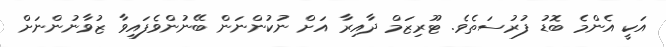
އަކީ އެންމެ ބޮޑު ފުރުސަތެވެ. ޓޫރިޒަމް ދާއިރާ އަށް ނުކުންނަން ބޭނުންވެފައިވާ ޒުވާނުންނަށް